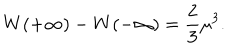
LaTeX: W ( + \infty ) - W ( - \infty ) = { \frac { 2 } { 3 } } \mu ^ { 3 } .